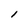
Character: l